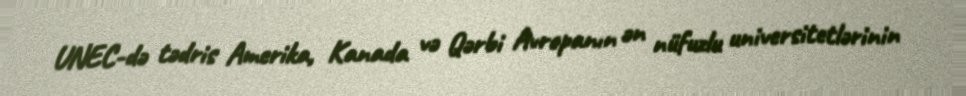
UNEC-də tədris Amerika, Kanada və Qərbi Avropanın ən nüfuzlu universitetlərinin